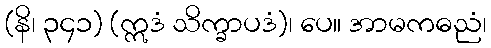
(နိ၊ ၃၄၁) (ဣဒံ သိက္ခာပဒံ)၊ ပေ။ အာမကဓညံ၊